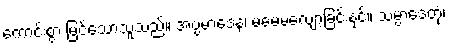
ကောင်းစွာ မြင်သောသူသည်။ အပ္ပမာဒေန၊ မမေ့မလျော့ခြင်းနှင့်။ သမ္ပာဒေတုံ၊